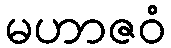
မဟာဇဝံ